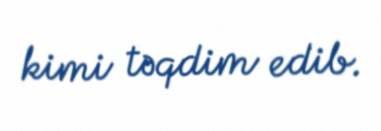
kimi təqdim edib.